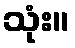
သုံး။